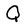
Character: Q